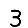
Digit: 3